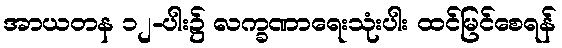
အာယတန ၁၂-ပါး၌ လက္ခဏာရေးသုံးပါး ထင်မြင်စေရန်